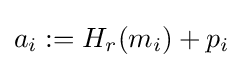
a_{i}:=H_{r}(m_{i})+p_{i}